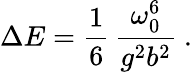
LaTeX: \Delta E=\frac{1}{6}\, \frac{\omega_{0}^{6}}{g^{2}b^{2}}\ .